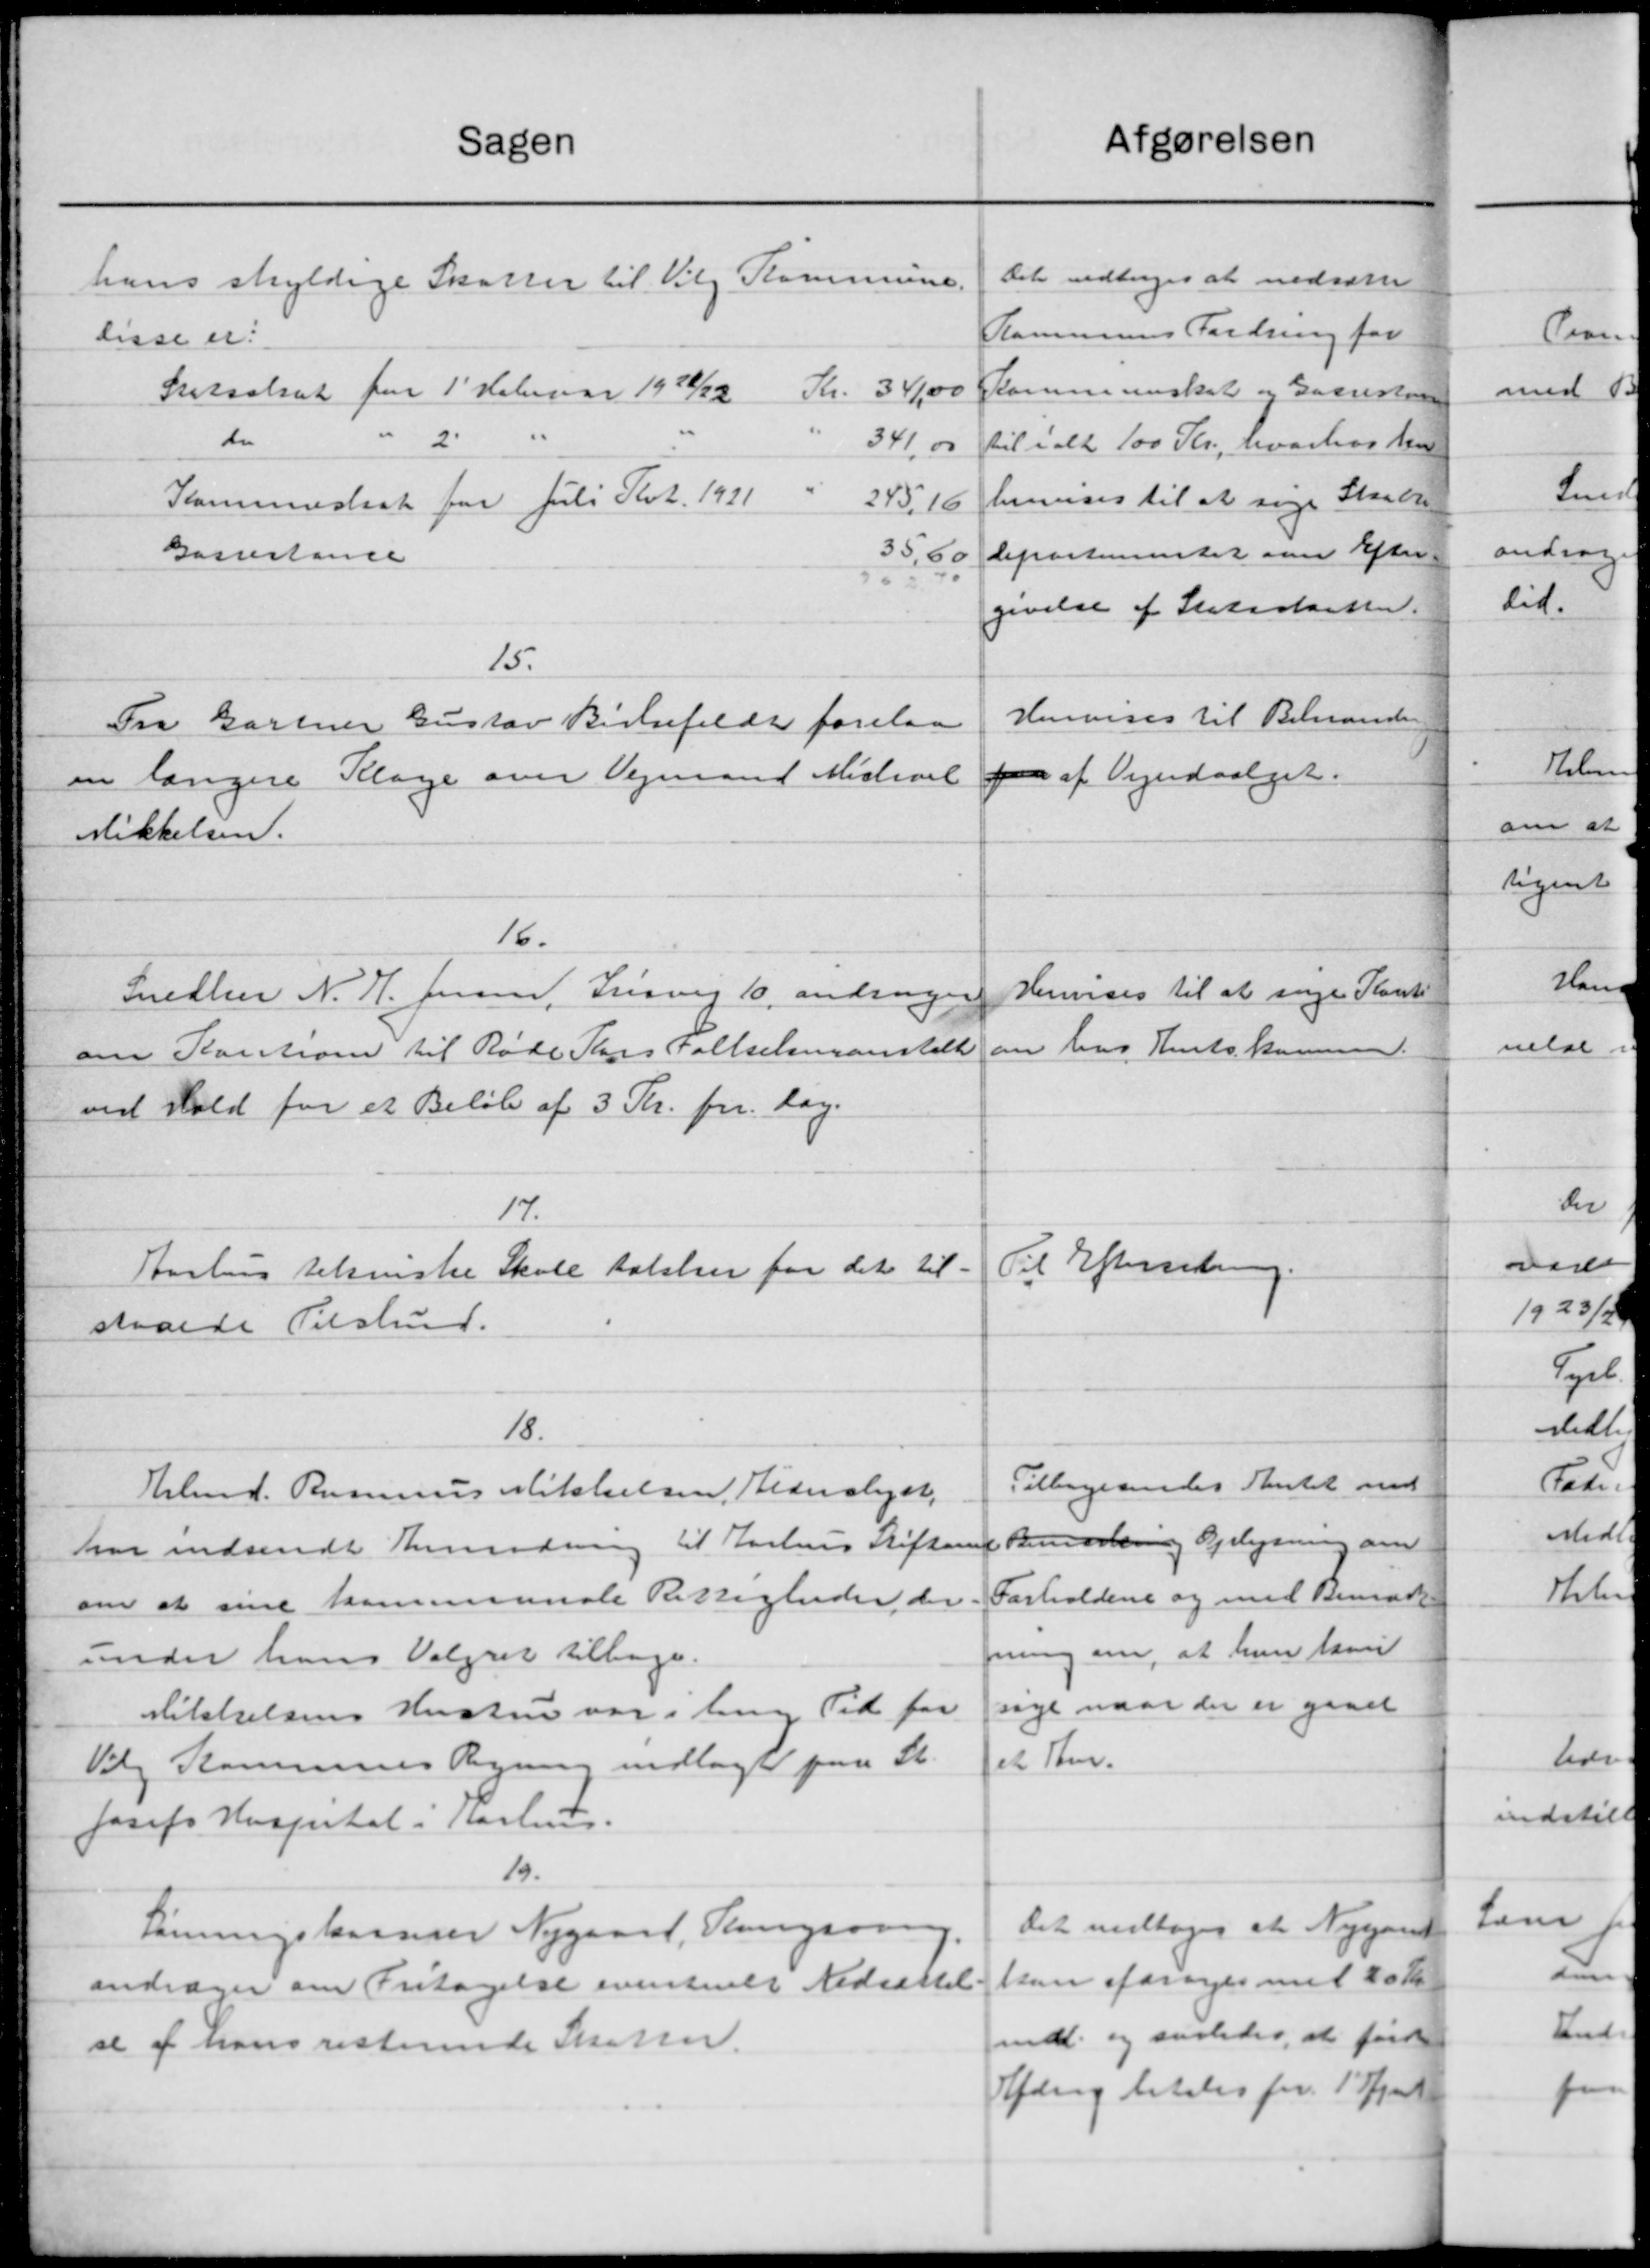
Transskription:
Afgørelsen
Sagen
Det vedtoges at nedsætte
hans skyldige Skatter til Valg Kommune.
Kommunes Fordring for
lisse er
Kommuneskat og Gaarsten
Kr. 341,00
Skitselsat fra 1' Februar 1926/22
2
do
341,00
til ialt 100 Kr., hvorhos ha
henvises til at sige Skatte
Kommueskat for Juli Kvt 1921
24316
35,60
departementet om Efter-
Gassestance
50
givelse af Statsskatter.
15.
Henvises til Behandling
Fra Gartner Gustav Bidsefeldt forelaa
f af Vejudvalget.
en langere Klage over Vejmand Misteret
Mikkelsen.
16.
Henvises til at søge Konti-
Snedker N. H. Jensen, Frisvej 10, andrager
am hos Amtskommen.
om Kaution til Røde Pars Folkekuranstalt
ved Hold for et Beløb af 3 Kr. pr. Dag.
17.
Til Efterretning.
Aarhus tilsenske Skole talelser for det til-
staaede Tilskud.
18.
Tilbagesendes Amtet med
Arbmd. Rasmus Mikkelsen, Hederslaget,
har indsendt Anmodning til Aarhus Stiftamt Bemærkning Oplysning om
Forholdene og med Bemærk-
om at sine kommunale Rettigheder der.
ning om, at hun havn
under hans Valgret tilbage.
søge naar der er gaaet
Mikkelsens Hustru var i den Tid for
et Sten.
Valg Kommunes Regning indlagt paa St.
Josefs Hospital i Kastru.
19.
Det vedtoges at Nygant
Lønningskomster Nygaard, Tangsave
kan forøges med 20 Kr.
andrager om Fritagelse eventuelt Nedsættel-
mdl. og saaledes, at føre
se af hans resterende Skaten.
Hjærg betales for 15/12